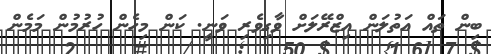
ބިން ތައް އަތުލަން އިޒްރޭލަށް ވާގިވެރި ވަނީ. ކަން މިހެން ހުރުމުން މަމެން